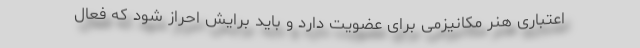
اعتباری هنر مکانیزمی برای عضویت دارد و باید برایش احراز شود که فعال